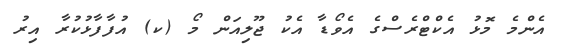
އެންމެ މޮޅު އެކްޓްރެސްގެ އެވޯޑާ އެކު ޖޫލިއަން މޯ (ކ) އުފާފާޅުކުރާ އިރު